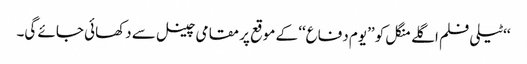
‘‘ٹیلی فلم اگلے منگل کو ’’یوم دفاع‘‘ کے موقع پر مقامی چینل سے دکھائی جائے گی۔